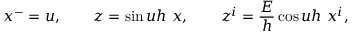
x ^ { - } = u , \qquad z = \sin u h ~ x , \qquad z ^ { i } = \frac { E } { h } \cos u h ~ x ^ { i } , \nonumber